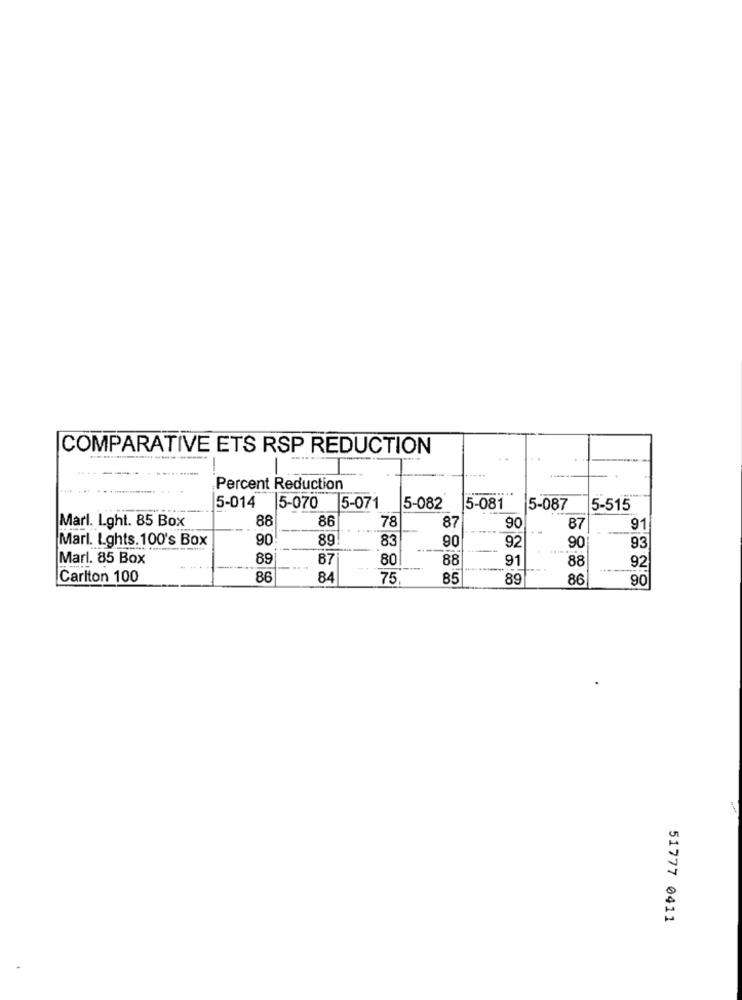
COMPARATIVE ETS RSP REDUCTION
Percent Reduction
5-014
15-070
5-071
5-082
5-081
5-087
5-515
88
86
Marl. Lght. 85 Box
78
87
90
87
91
Marl. Lghts.100's Box
90
89
83
92
90
90
93
Marl. 85 Box
89
87
80
88
91
88
92
Carlton 100
86
84
75.
85
89
86
90
51777 0411